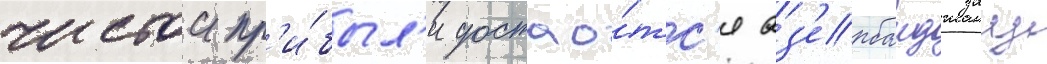
чистои пр'и́был'и достао́тс'я аз'ербаиджану